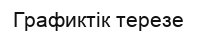
Графиктік терезе